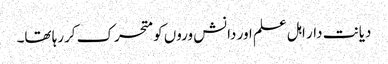
دیانت دار اہل علم اور دانش وروں کو متحرک کررہا تھا۔